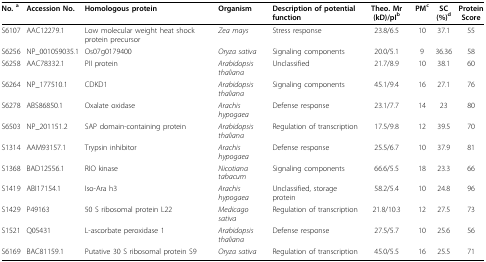
| No. a | Accession No. | Homologous protein | Organism | Description of potential function | Theo. Mr (kD)/pIb | PMc | SC(%)d | ProteinScore |
 | --- | --- | --- | --- | --- | --- | --- | --- | --- |
 | S6107 | AAC12279.1 | Low molecular weight heat shock protein precursor | Zea mays | Stress response | 23.8/6.5 | 10 | 37.1 | 55 |
 | S6256 | NP_001059035.1 | Os07g0179400 | Oryza sativa | Signaling components | 20.0/5.1 | 9 | 36.36 | 58 |
 | S6258 | AAC78332.1 | PII protein | Arabidopsis thaliana | Unclassified | 21.7/8.9 | 10 | 38.1 | 60 |
 | S6264 | NP_177510.1 | CDKD1 | Arabidopsis thaliana | Signaling components | 45.1/9.4 | 16 | 27.1 | 76 |
 | S6278 | ABS86850.1 | Oxalate oxidase | Arachis hypogaea | Defense response | 23.1/7.7 | 14 | 23 | 80 |
 | S6503 | NP_201151.2 | SAP domain-containing protein | Arabidopsis thaliana | Regulation of transcription | 17.5/9.8 | 12 | 39.5 | 70 |
 | S1314 | AAM93157.1 | Trypsin inhibitor | Arachis hypogaea | Defense response | 25.5/6.7 | 10 | 37.9 | 81 |
 | S1368 | BAD12556.1 | RIO kinase | Nicotiana tabacum | Signaling components | 66.6/5.5 | 18 | 23.3 | 66 |
 | S1419 | ABI17154.1 | Iso-Ara h3 | Arachis hypogaea | Unclassified, storage protein | 58.2/5.4 | 10 | 24.8 | 96 |
 | S1429 | P49163 | 50 S ribosomal protein L22 | Medicago sativa | Regulation of transcription | 21.8/10.3 | 12 | 27.5 | 73 |
 | S1521 | Q05431 | L-ascorbate peroxidase 1 | Arabidopsis thaliana | Defense response | 27.5/5.7 | 10 | 25.6 | 56 |
 | S6169 | BAC81159.1 | Putative 30 S ribosomal protein S9 | Oryza sativa | Regulation of transcription | 45.0/5.5 | 16 | 25.5 | 71 |